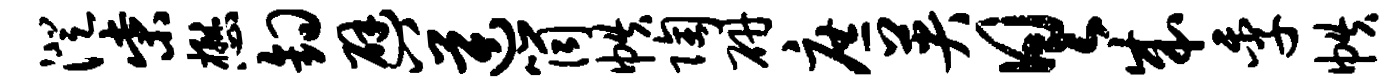
澄柴懋钩避八逆筒帙陶研庶英具成季帙